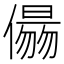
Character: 𠏑